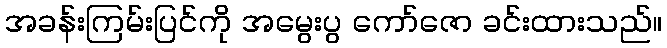
အခန်းကြမ်းပြင်ကို အမွေးပွ ကော်ဇော ခင်းထားသည်။